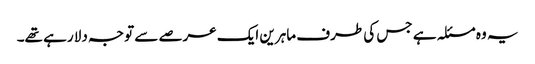
یہ وہ مسئلہ ہے جس کی طرف ماہرین ایک عرصے سے توجہ دلا رہے تھے۔